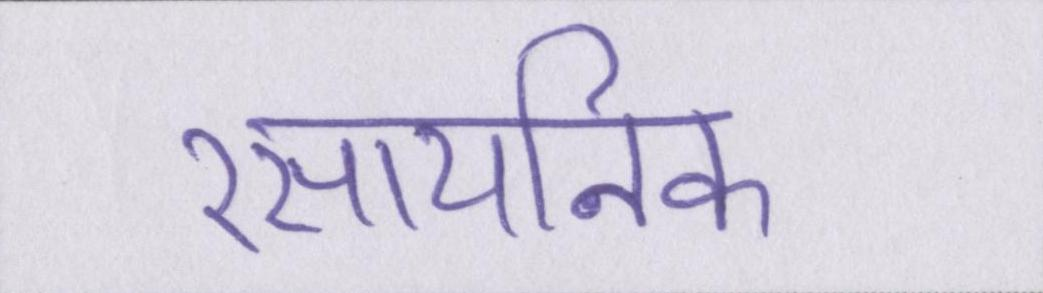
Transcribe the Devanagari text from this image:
रसायनिक